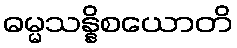
ဓမ္မသန္နိစယောတိ